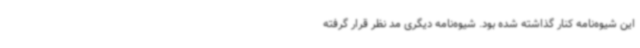
این شیوه‌نامه کنار گذاشته شده بود. شیوه‌نامه دیگری مد نظر قرار گرفته